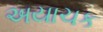
અયાચક